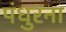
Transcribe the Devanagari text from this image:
पंधुरना